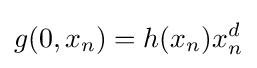
g(0,x_{n})=h(x_{n})x_{n}^{d}